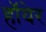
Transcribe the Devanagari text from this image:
हॉयेर